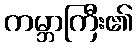
ကမ္ဘာကြီး၏